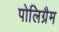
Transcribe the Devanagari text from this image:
पोलिग्रैम